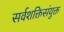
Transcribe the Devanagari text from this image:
सर्वशक्तिसंयुक्त